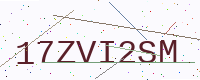
Text: 17ZVI2SM